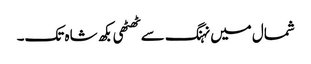
شمال میں نہنگ سے ٹھٹھی بکھ شاہ تک۔